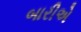
બારીએ